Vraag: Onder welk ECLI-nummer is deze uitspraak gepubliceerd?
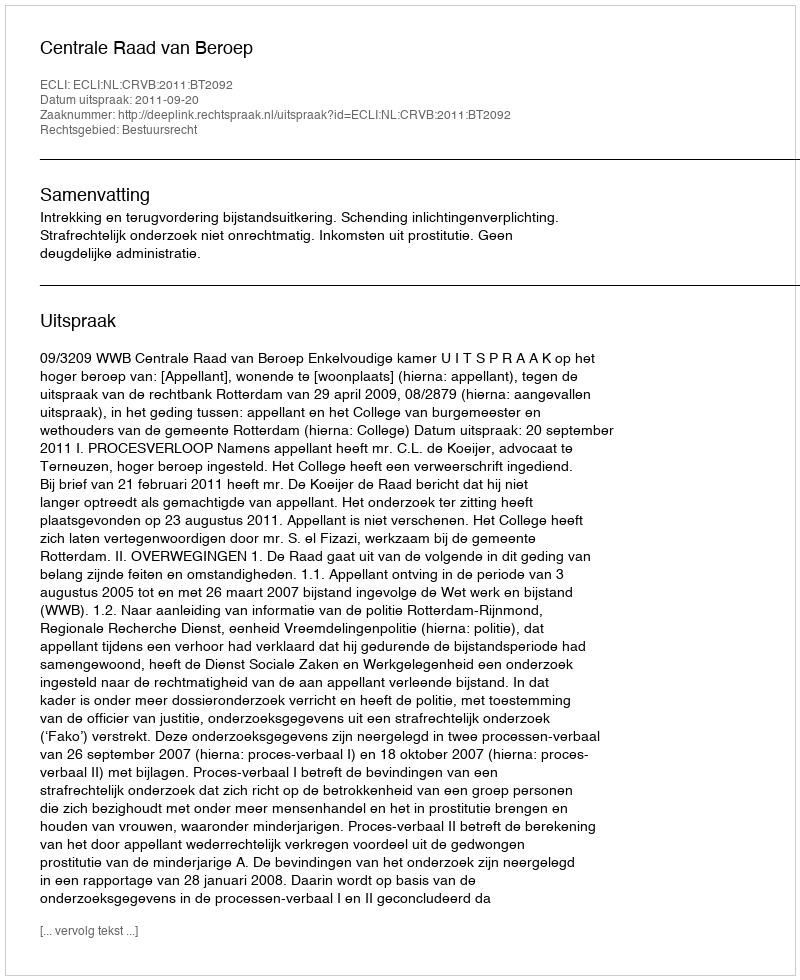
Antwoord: ECLI:NL:CRVB:2011:BT2092